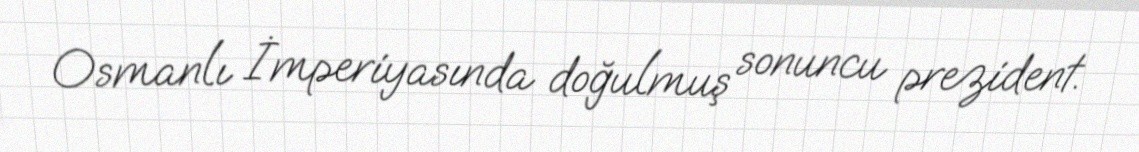
Osmanlı İmperiyasında doğulmuş sonuncu prezident.